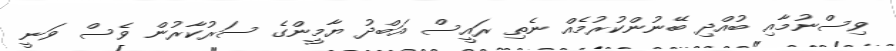
ވިސްނުމާއި ބުއްދި ބޭނުންކުރުމެއް ނެތި ރައީސް އަބްދު ޔާމީންގެ ސަރުކާރުން ވެސް ވަނީ